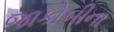
જાકોબીના